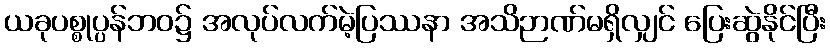
ယခုပစ္စုပ္ပန်ဘဝ၌ အလုပ်လက်မဲ့ပြဿနာ အသိဉာဏ်မရှိလျှင် ပြေးဆွဲနိုင်ပြီး